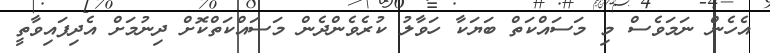
އެހެން ނަމަވެސް މި މަސައްކަތް ބަޔަކާ ހަވާލު ކުރެވެންދެން މަސައްކަތްކޮށް ދިނުމަށް އެދިފައިވާތީ